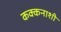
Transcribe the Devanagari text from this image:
कक्कनाशी